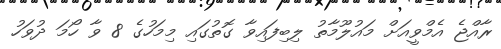
ރާއްޖެ އެމްވީއަށް މައުލޫމާތު ލިބިފައިވާ ގޮތުގައި މިމަހުގެ 8 ވާ ހޯމަ ދުވަހު